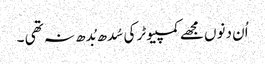
اُن دنوں مجھے کمپیوٹر کی سُدھ بُدھ نہ تھی ۔